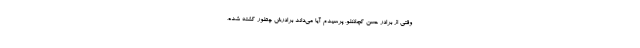
وقتي از برادر حسن كچلانلو، پرسيدم آيا مي‌داند برادرش چطور كشته شده،